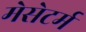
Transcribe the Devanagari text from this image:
मेसेटर्म